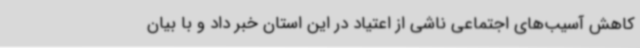
کاهش آسیب‌های اجتماعی ناشی از اعتیاد در این استان خبر داد و با بیان